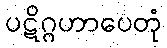
ပဋိဂ္ဂဟာပေတုံ